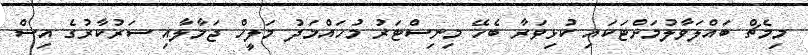
މިމެޗް ބައްލަވާލުމަށްޓަކައި ކުޅިވަރާ ބެހޭ މިނިސްޓަރު މުހައްމަދު މަލީހް ޖަމާލާއި ސަރުކާރުގެ އިސް